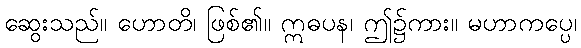
ဆွေးသည်။ ဟောတိ၊ ဖြစ်၏။ ဣဓပန၊ ဤ၌ကား။ မဟာကပ္ပေ၊